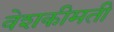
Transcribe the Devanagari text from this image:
वेशकीमती